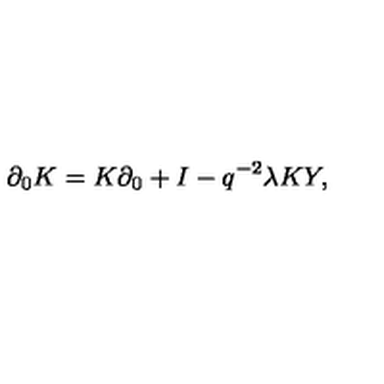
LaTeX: \partial _ { 0 } K = K \partial _ { 0 } + I - q ^ { - 2 } \lambda K Y ,